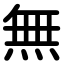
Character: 無